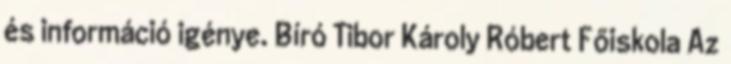
és információ igénye. Bíró Tibor Károly Róbert Főiskola Az